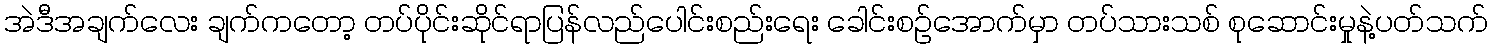
အဲဒီအချက်လေး ချက်ကတော့ တပ်ပိုင်းဆိုင်ရာပြန်လည်ပေါင်းစည်းရေး ခေါင်းစဉ်အောက်မှာ တပ်သားသစ် စုဆောင်းမှုနဲ့ပတ်သက်